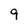
Character: 9